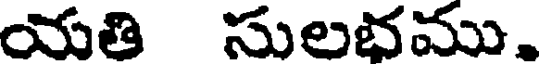
యతి సులభము.